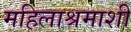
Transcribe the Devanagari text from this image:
महिलाश्रमाशी